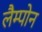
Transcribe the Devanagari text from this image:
लैम्पोन